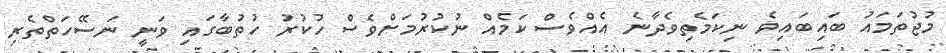
މުޖުތަމައު ބައިބައިވެ ނިކަމެތިވެދާނެ އެއްވެސް ކަމެއް ނުކުރުމަށްވެސް ހުކުރު ހުތުބާގައި ވަނީ ނަސޭހަތްތެރި